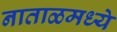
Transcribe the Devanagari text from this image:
नाताळमध्ये